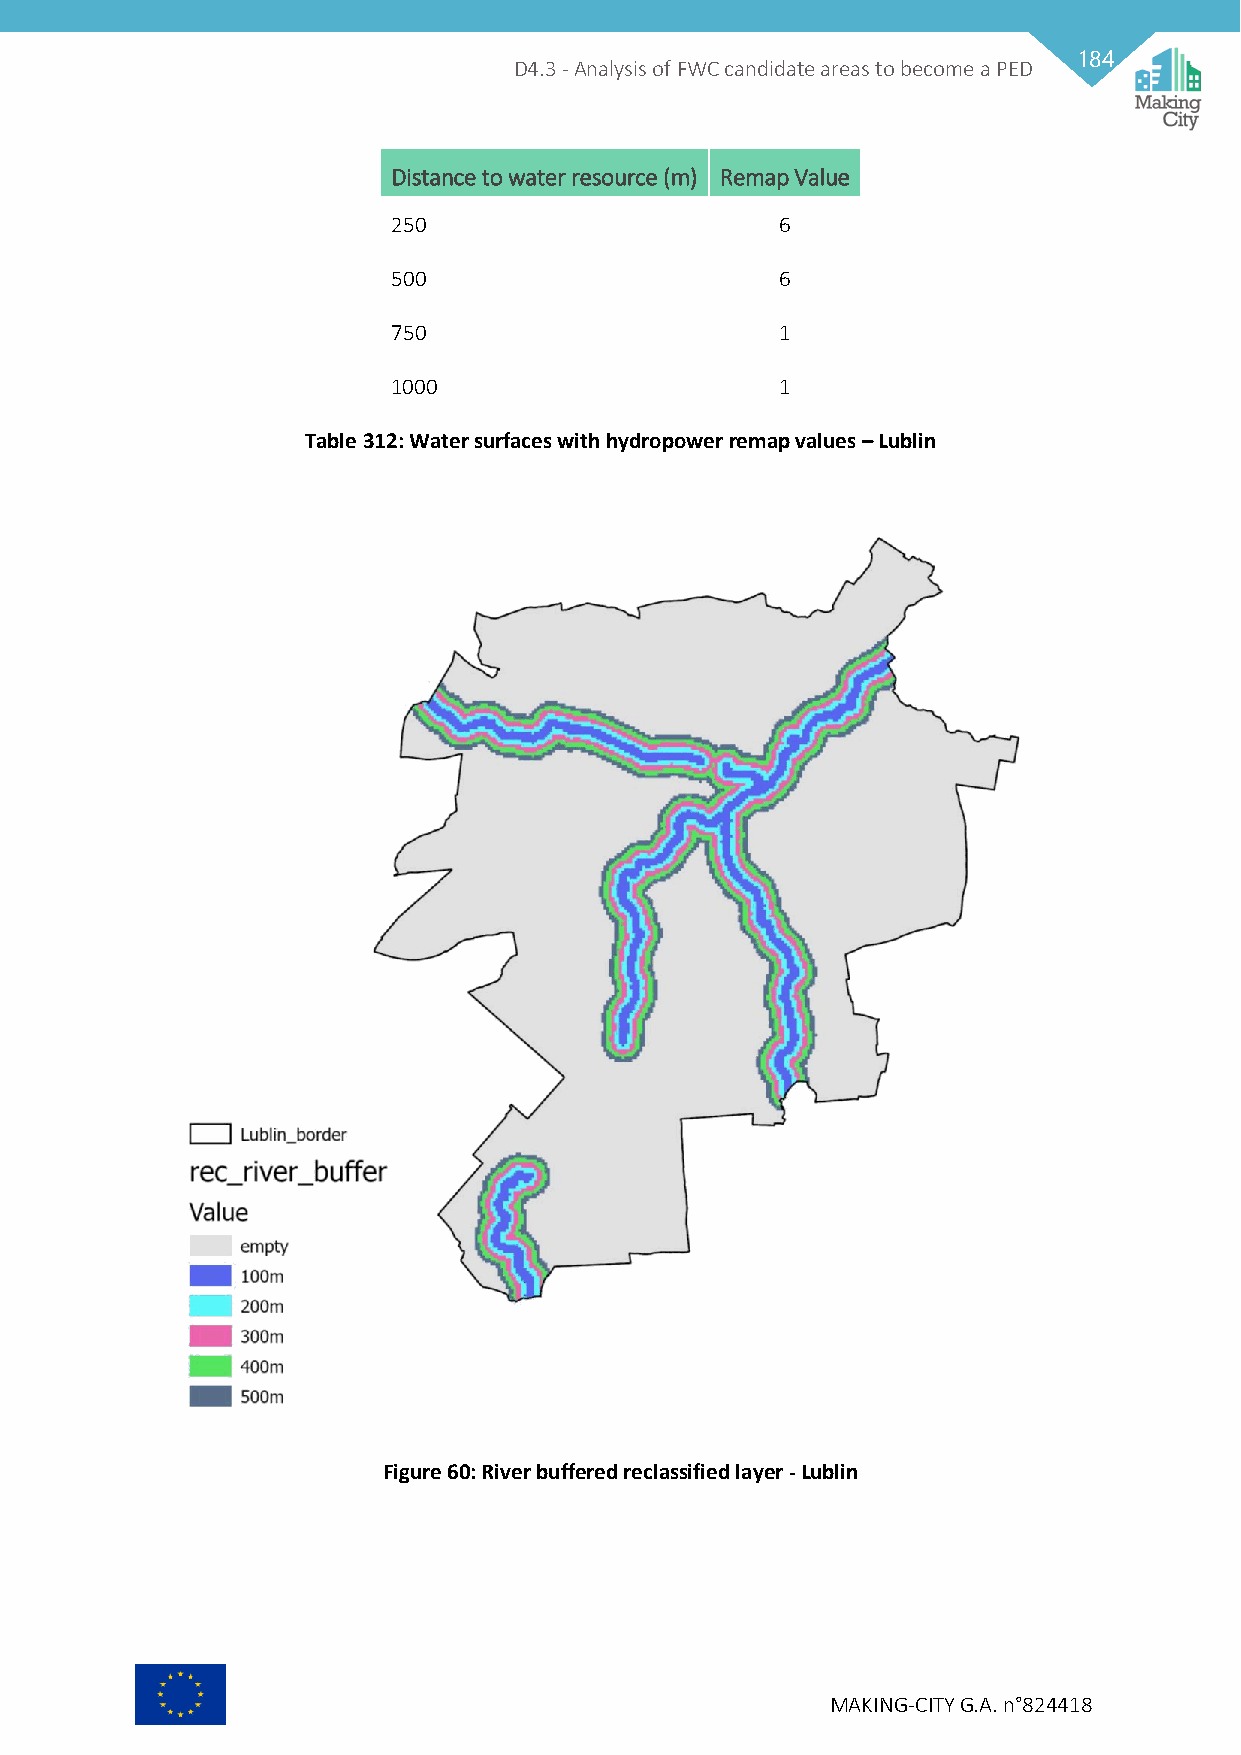
184
 D4.3 - Analysis of FWC candidate areas to become a PED
 Distance to water resource (m) Remap Value
 250                       6
 500                       6
 750                       1
 1000                      1
 Table 312: Water surfaces with hydropower remap values – Lublin
 Figure 60: River buffered reclassified layer - Lublin
 MAKING-CITY G.A. n°824418